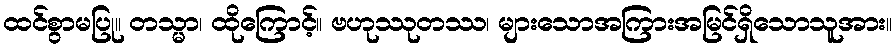
ထင်စွာမပြု။ တသ္မာ၊ ထိုကြောင့်။ ဗဟုဿုတဿ၊ များသောအကြားအမြင်ရှိသောသူအား။